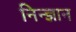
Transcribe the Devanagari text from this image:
निन्ज्ञान